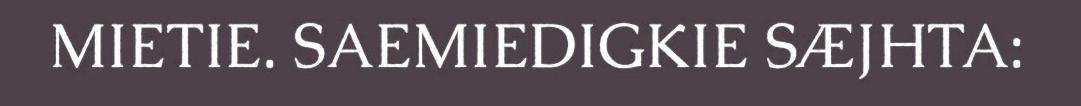
MIETIE. SAEMIEDIGKIE SÆJHTA: